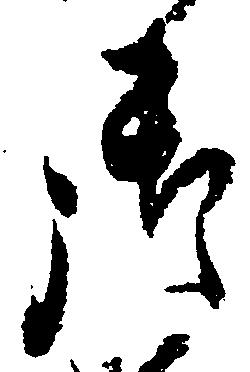
御